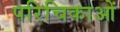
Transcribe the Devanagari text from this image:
परिचिकाओं